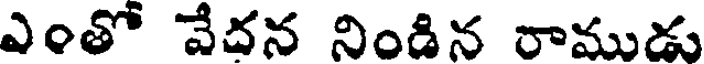
ఎంతో వేదన నిండిన రాముడు